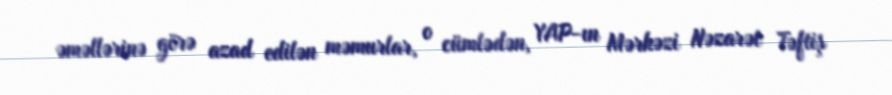
əməllərinə görə azad edilən məmurlar, o cümlədən, YAP-ın Mərkəzi Nəzarət Təftiş